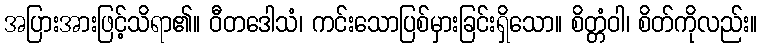
အပြားအားဖြင့်သိရာ၏။ ဝီတဒေါသံ၊ ကင်းသောပြစ်မှားခြင်းရှိသော။ စိတ္တံဝါ၊ စိတ်ကိုလည်း။